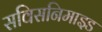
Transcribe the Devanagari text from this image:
सविसनिमाइड